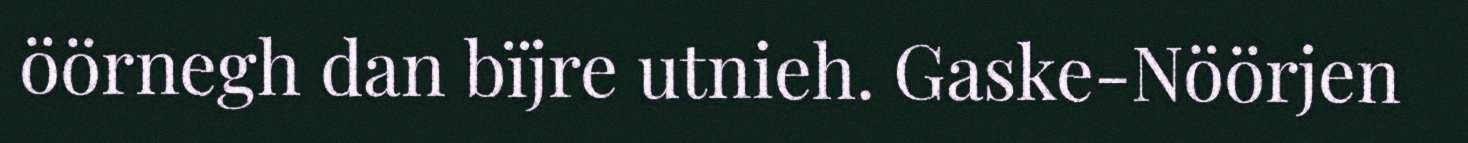
öörnegh dan bïjre utnieh. Gaske-Nöörjen